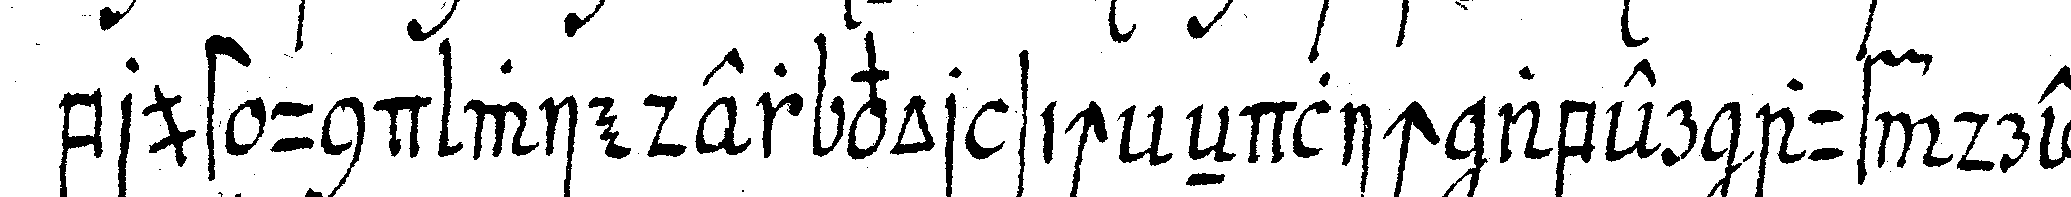
brust und wieder vor sich eNdlich aber auf drey